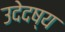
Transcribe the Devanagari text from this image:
उदेदष्य